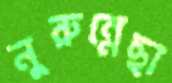
নুরুন্নেছা